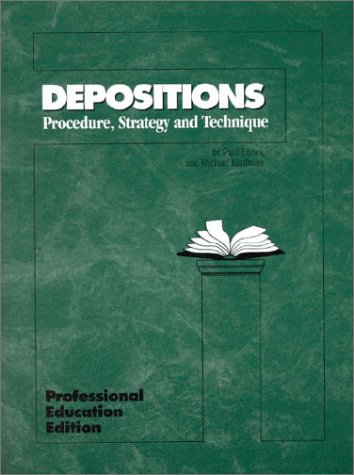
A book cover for Depositions: Procedure, Strategy, and Technique, Professional (Hornbooks); Paul M. Lisnek; Law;